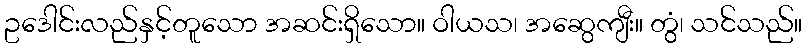
ဥဒေါင်းလည်နှင့်တူသော အဆင်းရှိသော။ ဝါယသ၊ အဆွေကျီး။ တွံ၊ သင်သည်။